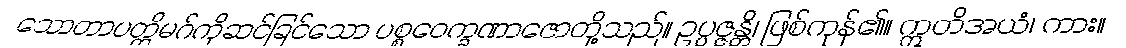
သောတာပတ္တိမဂ်ကိုဆင်ခြင်သော ပစ္စဝေက္ခဏာဇောတို့သည်။ ဥပ္ပဇ္ဇန္တိ၊ ဖြစ်ကုန်၏။ ဣတိအယံ၊ ကား။